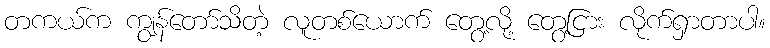
တကယ်က ကျွန်တော်သိတဲ့ လူတစ်ယောက် တွေ့လို့ တွေ့ငြား လိုက်ရှာတာပါ။